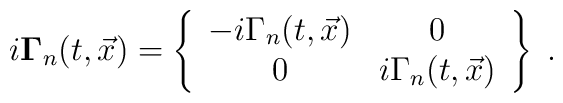
i{\bf \Gamma}_n(t,\vec x)=\left\{\begin{array}{cc} -i \Gamma_n(t,\vec x)&0 \\0 & i \Gamma_n(t,\vec x)\end{array} \right\} \; .